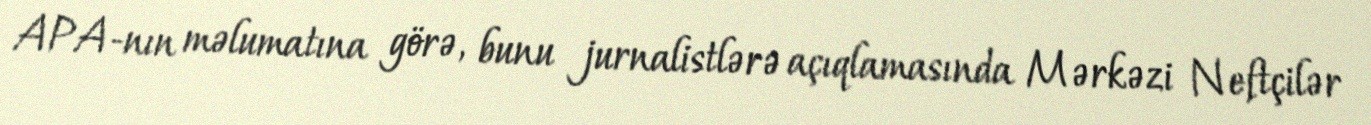
APA-nın məlumatına görə, bunu jurnalistlərə açıqlamasında Mərkəzi Neftçilər